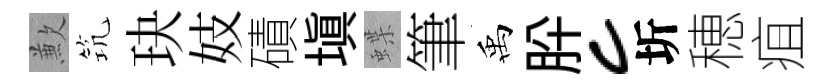
歉𥬑玦妓磧填蝶筆禹肸c圻穂疽